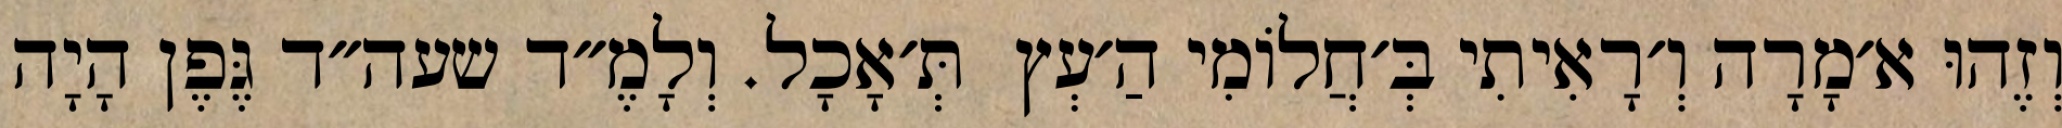
וְזֶהוּ א׳מָרָה וְ׳רָאִיתִי בְּ׳חֲלוֹמִי הַ׳עְץ  תְּ׳אָכָל. וְלָמֶ״ד שעה״ד גֶּפֶן הָיָה